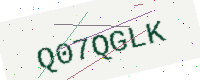
Text: Q07QGLK